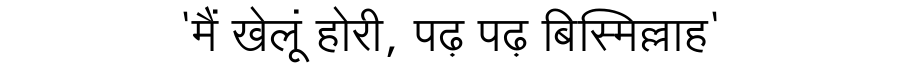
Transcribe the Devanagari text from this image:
'मैं खेलूं होरी, पढ़ पढ़ बिस्मिल्लाह'